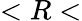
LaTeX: <R<